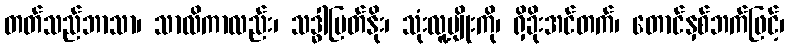
တတ်သည်ဘာသာ၊ သာလိကာလည်း၊ သဒ္ဓါမြတ်နိုး၊ သုံးလူ့မျိုးကို၊ ရှိခိုးအင်တက်၊ တောင်နှစ်ဘက်ဖြင့်၊